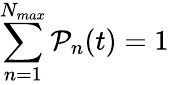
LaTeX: \sum_{n=1}^{N_{max}}\mathcal{P}_{n}(t)=1